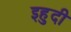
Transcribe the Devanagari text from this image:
इहुदी